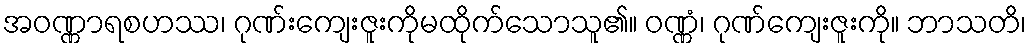
အဝဏ္ဏာရစဟဿ၊ ဂုဏ်းကျေးဇူးကိုမထိုက်သောသူ၏။ ဝဏ္ဏံ၊ ဂုဏ်ကျေးဇူးကို။ ဘာသတိ၊